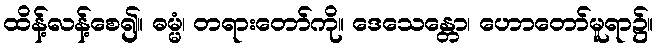
ထိန့်လန့်စေ၍။ ဓမ္မံ၊ တရားတော်ကို။ ဒေသေန္တော၊ ဟောတော်မူရာ၌။